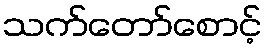
သက်တော်စောင့်